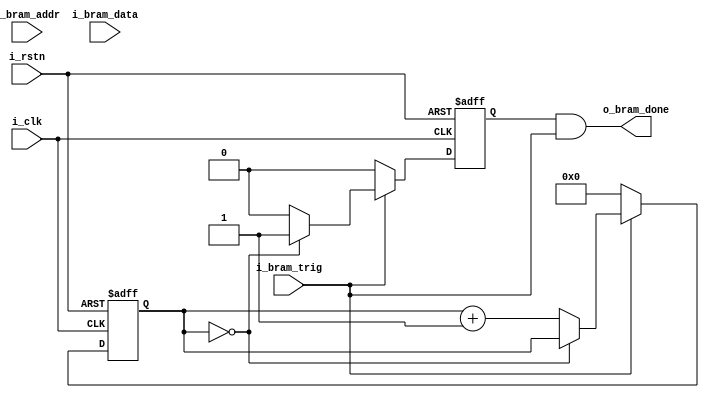
module BRAM_model_wr(
	i_clk,
	i_rstn,
	i_bram_addr,
	i_bram_data,
	i_bram_trig,
	o_bram_done
	
);
	parameter WRITE_LATENCY=0;  // Defined as: cyc# after 'trig' assertion being accepted
	input i_clk;
	input i_rstn;
	
	input [12:0] 	i_bram_addr;
	input [31:0] 	i_bram_data;
	input 			i_bram_trig;
	output 			o_bram_done;
	
	reg o_bram_done_pre;
	
	// IMPORTANT! 'done' signal must be suppressed when i_trig is down!
	assign o_bram_done = o_bram_done_pre & i_bram_trig;
	
	
	reg [7:0] latency_cnter;

	always@(posedge i_clk or negedge i_rstn) begin
		if(~i_rstn) begin
			//o_bram_data <= 32'd0;
			o_bram_done_pre <= 1'b0;
			latency_cnter<=8'd0;
		
			end
		else 
			begin
				if(i_bram_trig)
					begin
						
						if(latency_cnter==WRITE_LATENCY)
							begin
								o_bram_done_pre<=1'b1;
								//o_bram_data<=return_bram_data(i_bram_addr);
								$display ("Addr=%0h, Data=%0h" , i_bram_addr, i_bram_data);
							end
						else
							begin
								o_bram_done_pre<=1'b0;
								latency_cnter<=latency_cnter+1'b1;
						
								//do not touch o_bram_data
							end
					end
				else
					begin
						o_bram_done_pre<=1'b0;
						latency_cnter<=0;
					end
			end
	
	end

	
	function automatic [31:0] return_bram_data;
		input [12:0] addr;
		begin
				case(addr)
					13'd0: return_bram_data=32'h1234_5678;
					13'd1: return_bram_data=32'h8765_4321;
					13'd14: return_bram_data=32'h1010_1010;
					default: return_bram_data=32'hffff_ffff;
				endcase
		end
	endfunction

endmodule